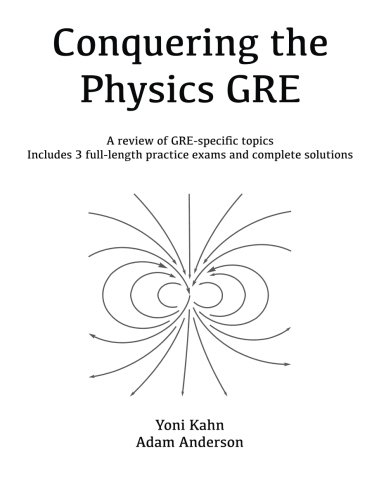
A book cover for Conquering the Physics GRE; Yoni Kahn; Test Preparation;